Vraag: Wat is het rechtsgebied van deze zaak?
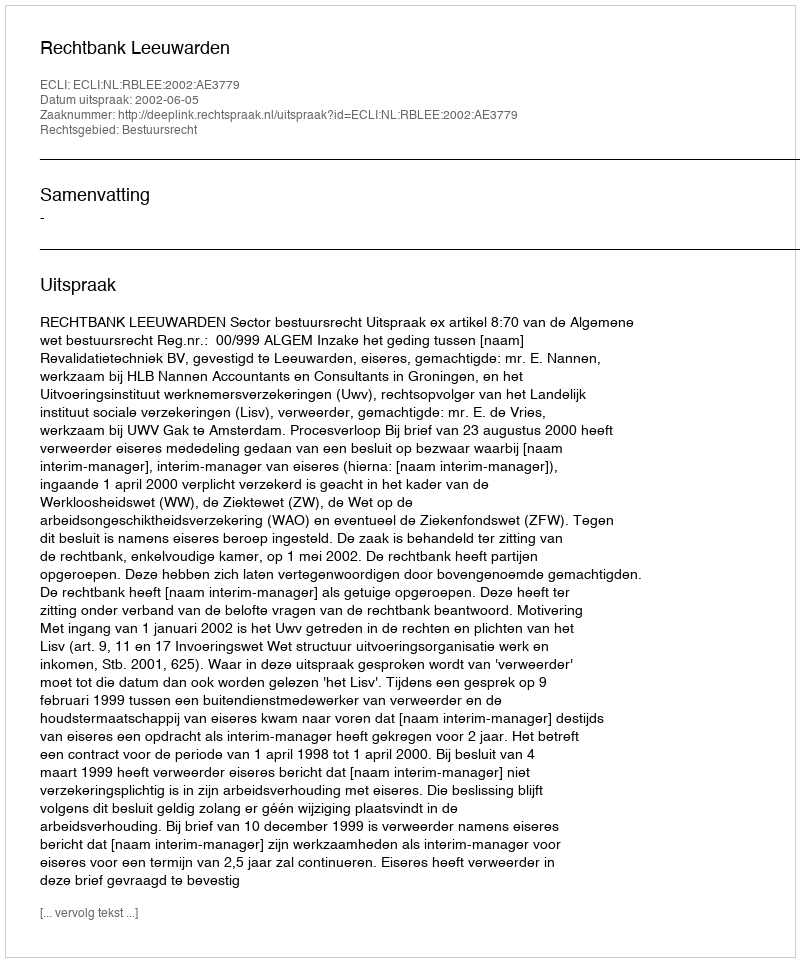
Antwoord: Bestuursrecht